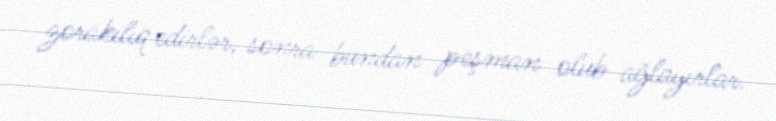
zorakılıq edirlər, sonra bundan peşman olub ağlayırlar.